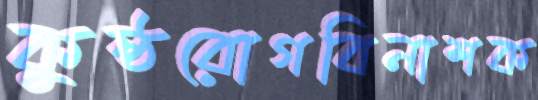
কুষ্ঠরোগবিনাশক